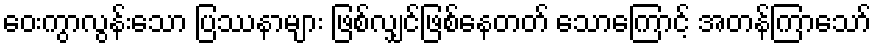
ဝေးကွာလွန်းသော ပြဿနာများ ဖြစ်လျှင်ဖြစ်နေတတ် သောကြောင့် အတန်ကြာသော်